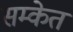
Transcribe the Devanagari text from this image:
सम्केत